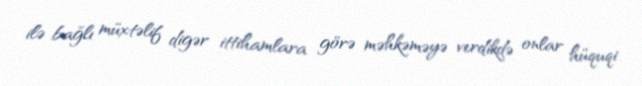
ilə bağlı müxtəlif digər ittihamlara görə məhkəməyə verdikdə onlar hüquqi